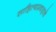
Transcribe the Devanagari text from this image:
साहित्यप्रवाहाचे